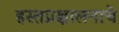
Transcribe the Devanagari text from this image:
हस्तप्रक्षालनाचे